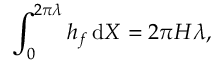
\int _ { 0 } ^ { 2 \pi \lambda } h _ { f } \, \mathrm { d } X = 2 \pi H \lambda ,